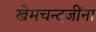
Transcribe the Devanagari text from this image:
खेमचन्दजींना